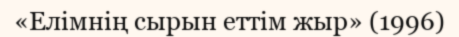
«Елімнің сырын еттім жыр» (1996)